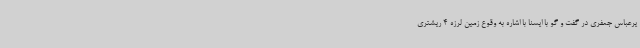
یرعباس جعفری در گفت و گو با ایسنا با اشاره به وقوع زمین لرزه 4 ریشتری